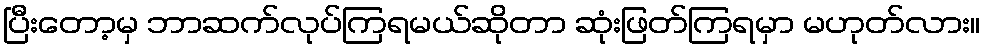
ပြီးတော့မှ ဘာဆက်လုပ်ကြရမယ်ဆိုတာ ဆုံးဖြတ်ကြရမှာ မဟုတ်လား။